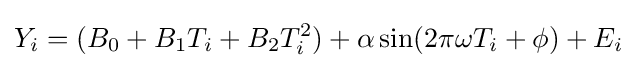
Y_{i}=(B_{0}+B_{1}T_{i}+B_{2}T_{i}^{2})+\alpha \sin(2\pi \omega T_{i}+\phi )+E_{i}